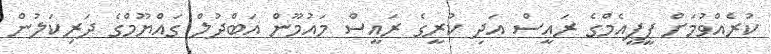
ކުރެއްވުމަށް ޕީޕީއެމްގެ ރައީސް އަދި ކުރީގެ ރައީސް މައުމޫން އަބްދުލް ގައްޔޫމްގެ ދަރިކަލުން